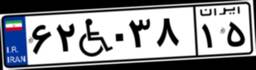
۶۲W۰۳۸۱۵